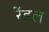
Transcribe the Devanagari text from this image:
रेंडल